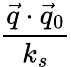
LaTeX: \frac{\vec{q}\cdot\vec{q}_{0}}{k_{s}}